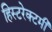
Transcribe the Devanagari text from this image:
हिस्टरेक्टमी